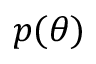
p ( \theta )